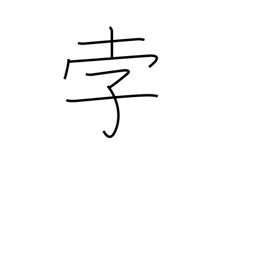
Meaning: comet